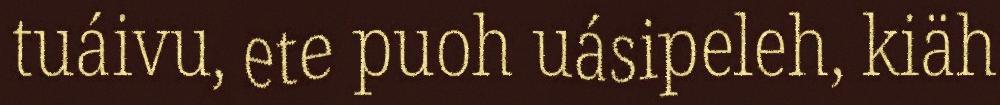
tuáivu, ete puoh uásipeleh, kiäh